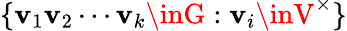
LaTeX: \{ \mathbf{v}_{1}\mathbf{v}_{2}\cdots\mathbf{v}_{k}\inG:\mathbf{v}_{i}\inV^{\times}\}